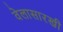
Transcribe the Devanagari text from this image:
वेलासारखी